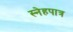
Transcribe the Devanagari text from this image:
स्नेहपात्र